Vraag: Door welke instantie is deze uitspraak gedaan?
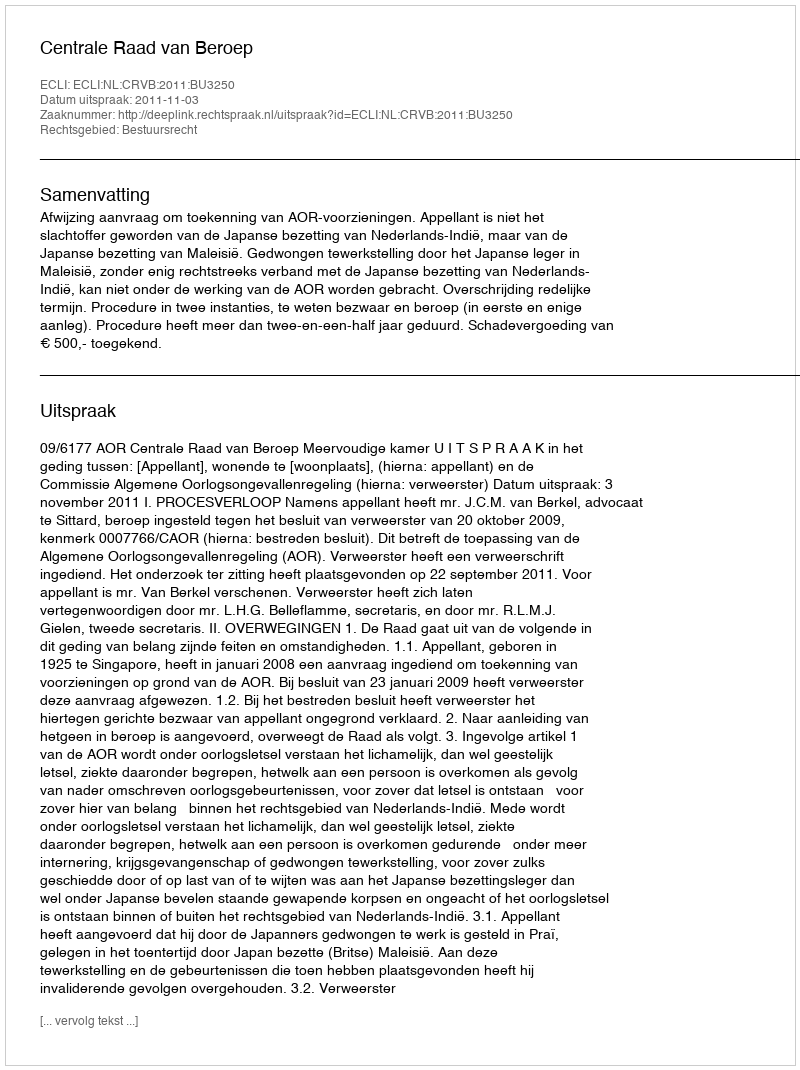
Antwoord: Centrale Raad van Beroep